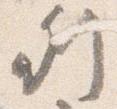
列